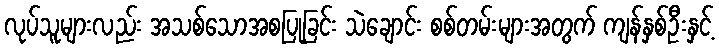
လုပ်သူများလည်း အသစ်သောအစပြုခြင်း သဲချောင်း စစ်တမ်းများအတွက် ကျန်နှစ်ဦးနှင့်